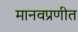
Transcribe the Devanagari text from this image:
मानवप्रणीत